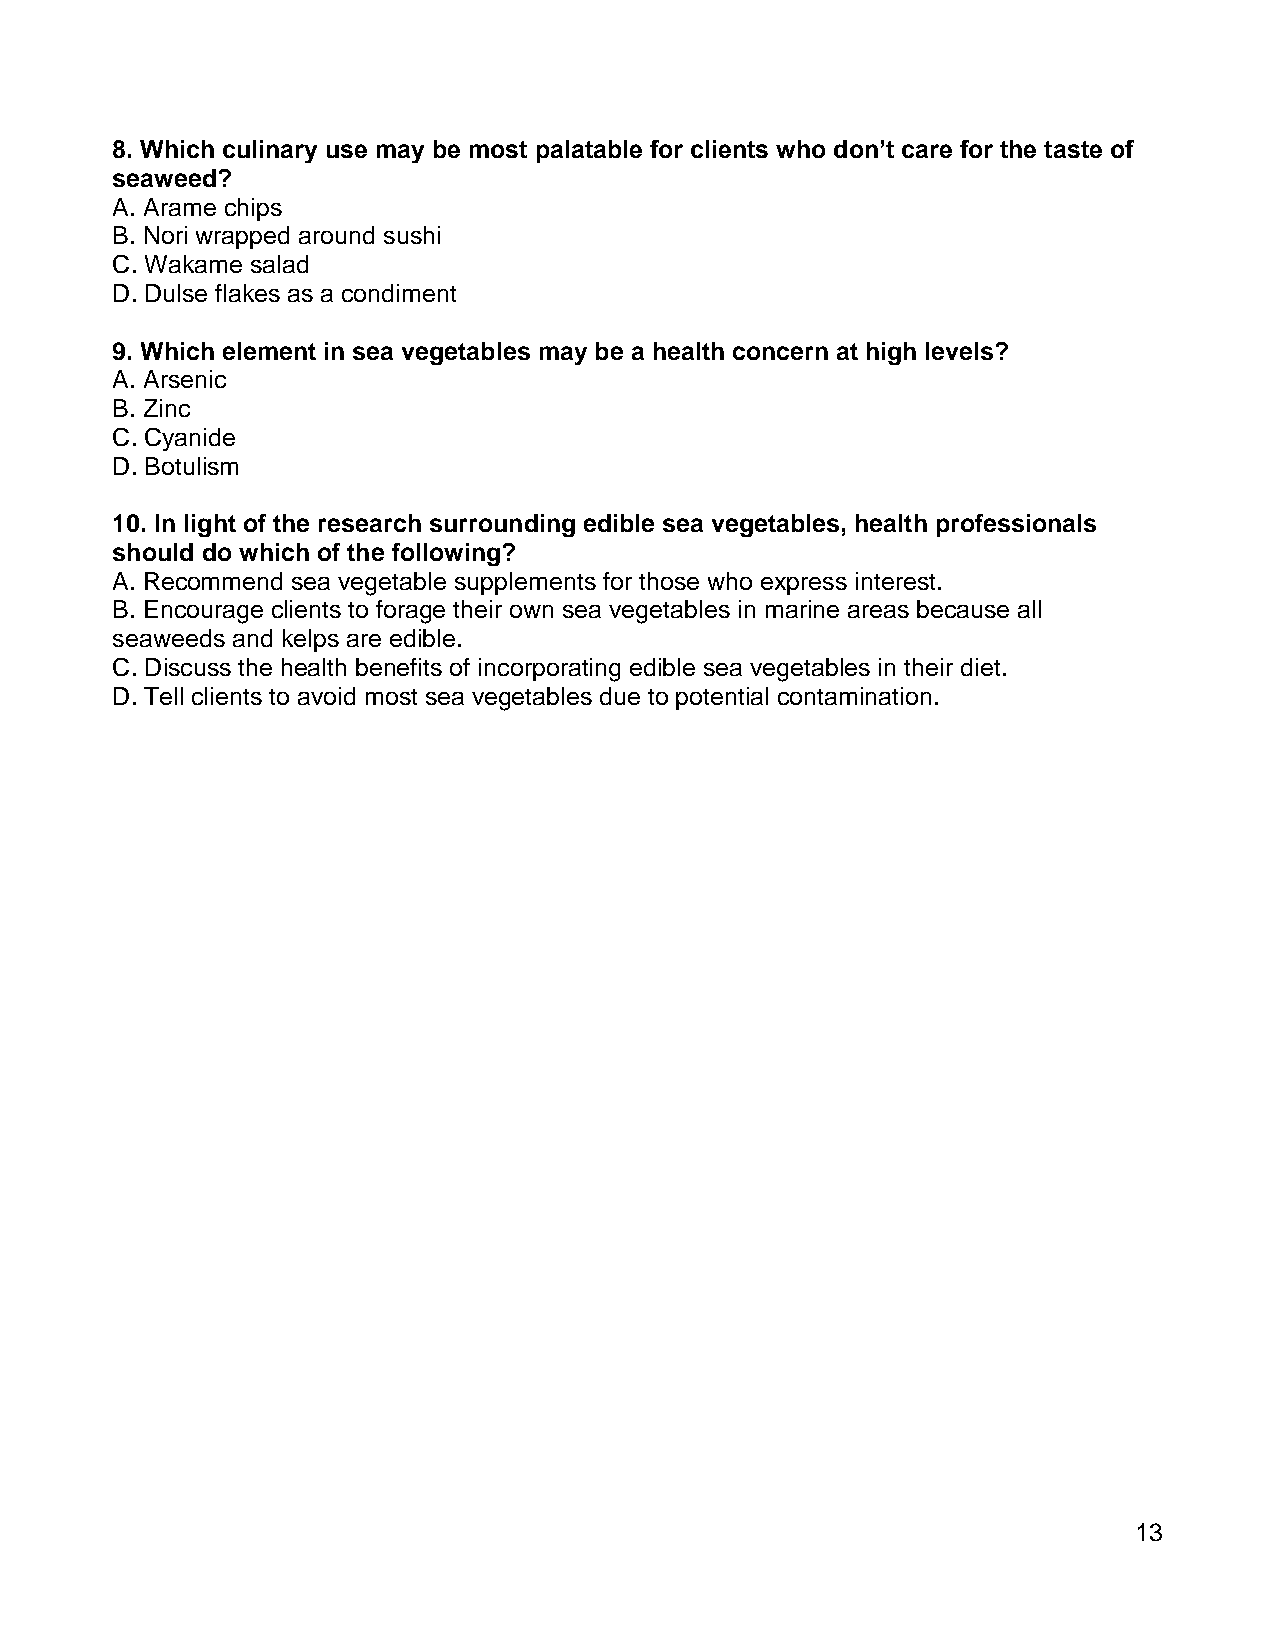
8. Which culinary use may be most palatable for clients who don’t care for the taste of
 seaweed?
 A. Arame chips
 B. Nori wrapped around sushi
 C. Wakame salad
 D. Dulse flakes as a condiment
 9. Which element in sea vegetables may be a health concern at high levels?
 A. Arsenic
 B. Zinc
 C. Cyanide
 D. Botulism
 10. In light of the research surrounding edible sea vegetables, health professionals
 should do which of the following?
 A. Recommend sea vegetable supplements for those who express interest.
 B. Encourage clients to forage their own sea vegetables in marine areas because all
 seaweeds and kelps are edible.
 C. Discuss the health benefits of incorporating edible sea vegetables in their diet.
 D. Tell clients to avoid most sea vegetables due to potential contamination.
 13